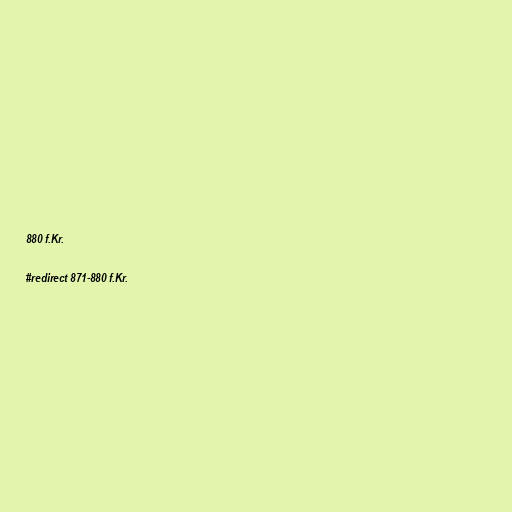
880 f.Kr.

#redirect 871-880 f.Kr.